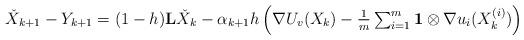
LaTeX: \begin{align*}\begin{array}{l}\check{X}_{k+1}-Y_{k+1} = (1-h)\mathbf{L}\check{X}_k-\alpha_{k+1}h \left(\nabla U_v(X_k)-\frac{1}{m}\sum_{i=1}^m \mathbf{1}\otimes \nabla u_i(X^{(i)}_k)\right)\end{array}\end{align*}